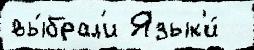
вы́брал'и Язык'и́